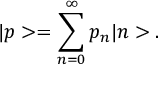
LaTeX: | p > = \sum _ { n = 0 } ^ { \infty } p _ { n } | n > .